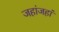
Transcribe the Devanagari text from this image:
जहांजहां